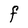
Character: F